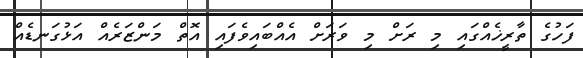
ފަހުގެ ތާރީޚެއްގައި މި ރަށް މި ވަރަށް އެއްބައިވެފައި އޮތް މަންޒަރެއް އަޅުގަނޑެއް